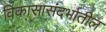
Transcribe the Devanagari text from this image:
विकासासंदर्भातील